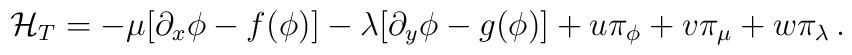
{\cal H}_T=-\mu[\partial_x\phi-f(\phi)]-\lambda[\partial_y\phi-g(\phi)]+u\pi_\phi+v\pi_\mu+w\pi_\lambda\,.